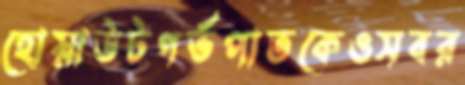
হোয়াউটগর্ভপাতকেওসবর